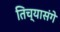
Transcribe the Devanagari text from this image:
तिच्यासंगे